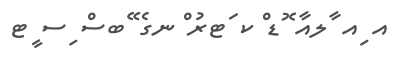
އ ިއ ާލއާ ޮޑ ްކ ަޓރު ްނގެ ޭބސް ިސ ީޓ